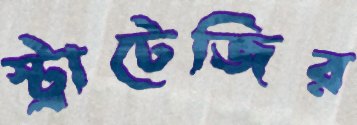
স্ট্রাটেজির